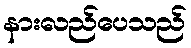
နားလည်ပေသည်